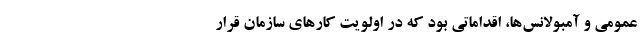
عمومی و آمبولانس‌ها، اقداماتی بود که در اولویت کارهای سازمان قرار